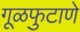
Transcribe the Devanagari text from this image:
गूळफुटाणे